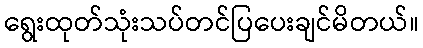
ရွေးထုတ်သုံးသပ်တင်ပြပေးချင်မိတယ်။